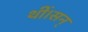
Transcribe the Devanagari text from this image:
थीं।सन्